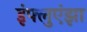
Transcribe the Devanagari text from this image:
इंफ्लुएंझा